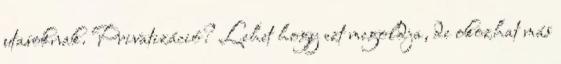
utasoknak. Privatizáció? Lehet hogy ezt megoldja, de okozhat más